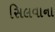
સિલવાના